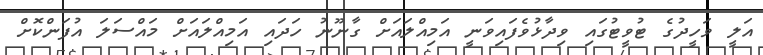
އަލީ ވަހީދުގެ ޓުވީޓުގައި ވިދާޅުވެފައިވަނީ އަމިއްލައަށް ގާނޫނު ހަދައި އަމިއްލައަށް މައްސަލަ އުފަންކޮށް